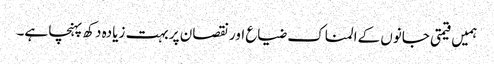
ہمیں قیمتی جانوں کےالمناک ضیا‏ع اور نقصان پر بہت زیادہ دکھ پہنچا ہے۔